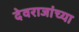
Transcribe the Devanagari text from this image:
देवराजांच्या